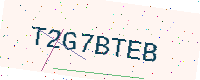
Text: T2G7BTEB